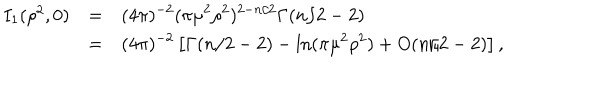
LaTeX: \begin{array} { r c l } { { I _ { 1 } ( \rho ^ { 2 } , 0 ) } } & { { = } } & { { \displaystyle ( 4 \pi ) ^ { - 2 } ( \pi \mu ^ { 2 } \rho ^ { 2 } ) ^ { 2 - n / 2 } \Gamma ( n / 2 - 2 ) } } \\ { { } } & { { = } } & { { \displaystyle ( 4 \pi ) ^ { - 2 } \left[ \Gamma ( n / 2 - 2 ) - \ln ( \pi \mu ^ { 2 } \rho ^ { 2 } ) + O ( n / 2 - 2 ) \right] , } } \\ \end{array}